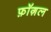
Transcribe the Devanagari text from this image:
फ़ॉग़ल